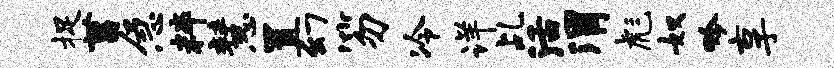
捉菖急粹慧置幻笏冷详乩活渭彪奴吟享